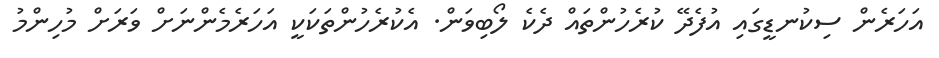
އަހަރެން ސިކުނޑީގައި އުފެދޭ ކުރެހުންތައް ދެކެ ލޯބިވަން. އެކުރެހުންތަކަކީ އަހަރެމެންނަށް ވަރަށް މުހިންމު